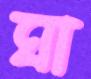
ঘা